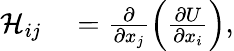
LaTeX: \begin{array}{rl}{\mathcal{H}_{ij}}&{{}=\frac{\partial}{\partial x_{j}}\left(\frac{\partial U}{\partial x_{i}}\right),}\end{array}